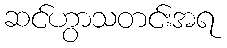
ဆင်ဟွာသတင်းအရ